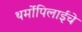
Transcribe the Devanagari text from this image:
थर्मोपिलाईचे